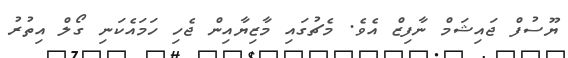
ޔޫސުފް ޖައިޝަމް ނާފިޒް އެވެ. މެޗުގައި މާޒިޔާއިން ޖެހި ހަމައެކަނި ގޯލް އިތުރު